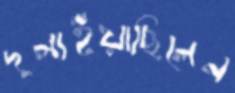
দুলাইয়াছিলেন